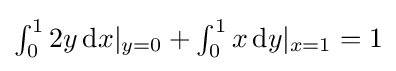
{\textstyle \int _{0}^{1}2y\,\mathrm {d} x|_{y=0}+\int _{0}^{1}x\,\mathrm {d} y|_{x=1}=1}